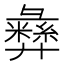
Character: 彝